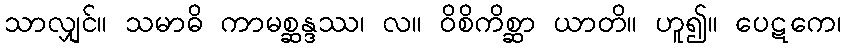
သာလျှင်။ သမာဓိ ကာမစ္ဆန္ဒဿ၊ လ။ ဝိစိကိစ္ဆာ ယာတိ။ ဟူ၍။ ပေဋကေ၊